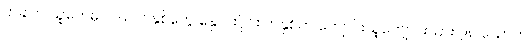
တခါက ယူကေမှာ ၁၉၇၀ နှစ်တွေ နှောင်းပိုင်း တနှစ်က ကျောင်းသူကျောင်းသား ၇၈ ယောက်